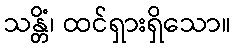
သန္တိံ၊ ထင်ရှားရှိသော။